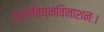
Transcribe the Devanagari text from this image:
त्रजविघ्नविनाशनः।